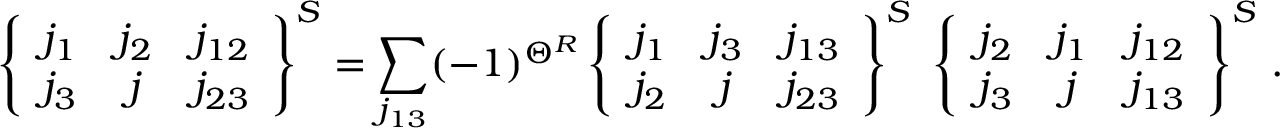
\left\{ \begin{array} { c c c } { { j _ { 1 } } } & { { j _ { 2 } } } & { { j _ { 1 2 } } } \\ { { j _ { 3 } } } & { { j } } & { { j _ { 2 3 } } } \end{array} \right\} ^ { S } = \sum _ { j _ { 1 3 } } ( - 1 ) ^ { \Theta ^ { R } } \left\{ \begin{array} { c c c } { { j _ { 1 } } } & { { j _ { 3 } } } & { { j _ { 1 3 } } } \\ { { j _ { 2 } } } & { { j } } & { { j _ { 2 3 } } } \end{array} \right\} ^ { S } ~ \left\{ \begin{array} { c c c } { { j _ { 2 } } } & { { j _ { 1 } } } & { { j _ { 1 2 } } } \\ { { j _ { 3 } } } & { { j } } & { { j _ { 1 3 } } } \end{array} \right\} ^ { S } \, .